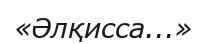
«Әлқисса...»